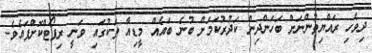
ދިވެހި ރައްޔިތުންނަށް ބަހަންދިން ކަދުރުކަމަށް ބުނެ ބައެއް މީޑިއާ ތަކުގައި ވަނީ ރިޕޯޓްކޮށްފައެވެ.